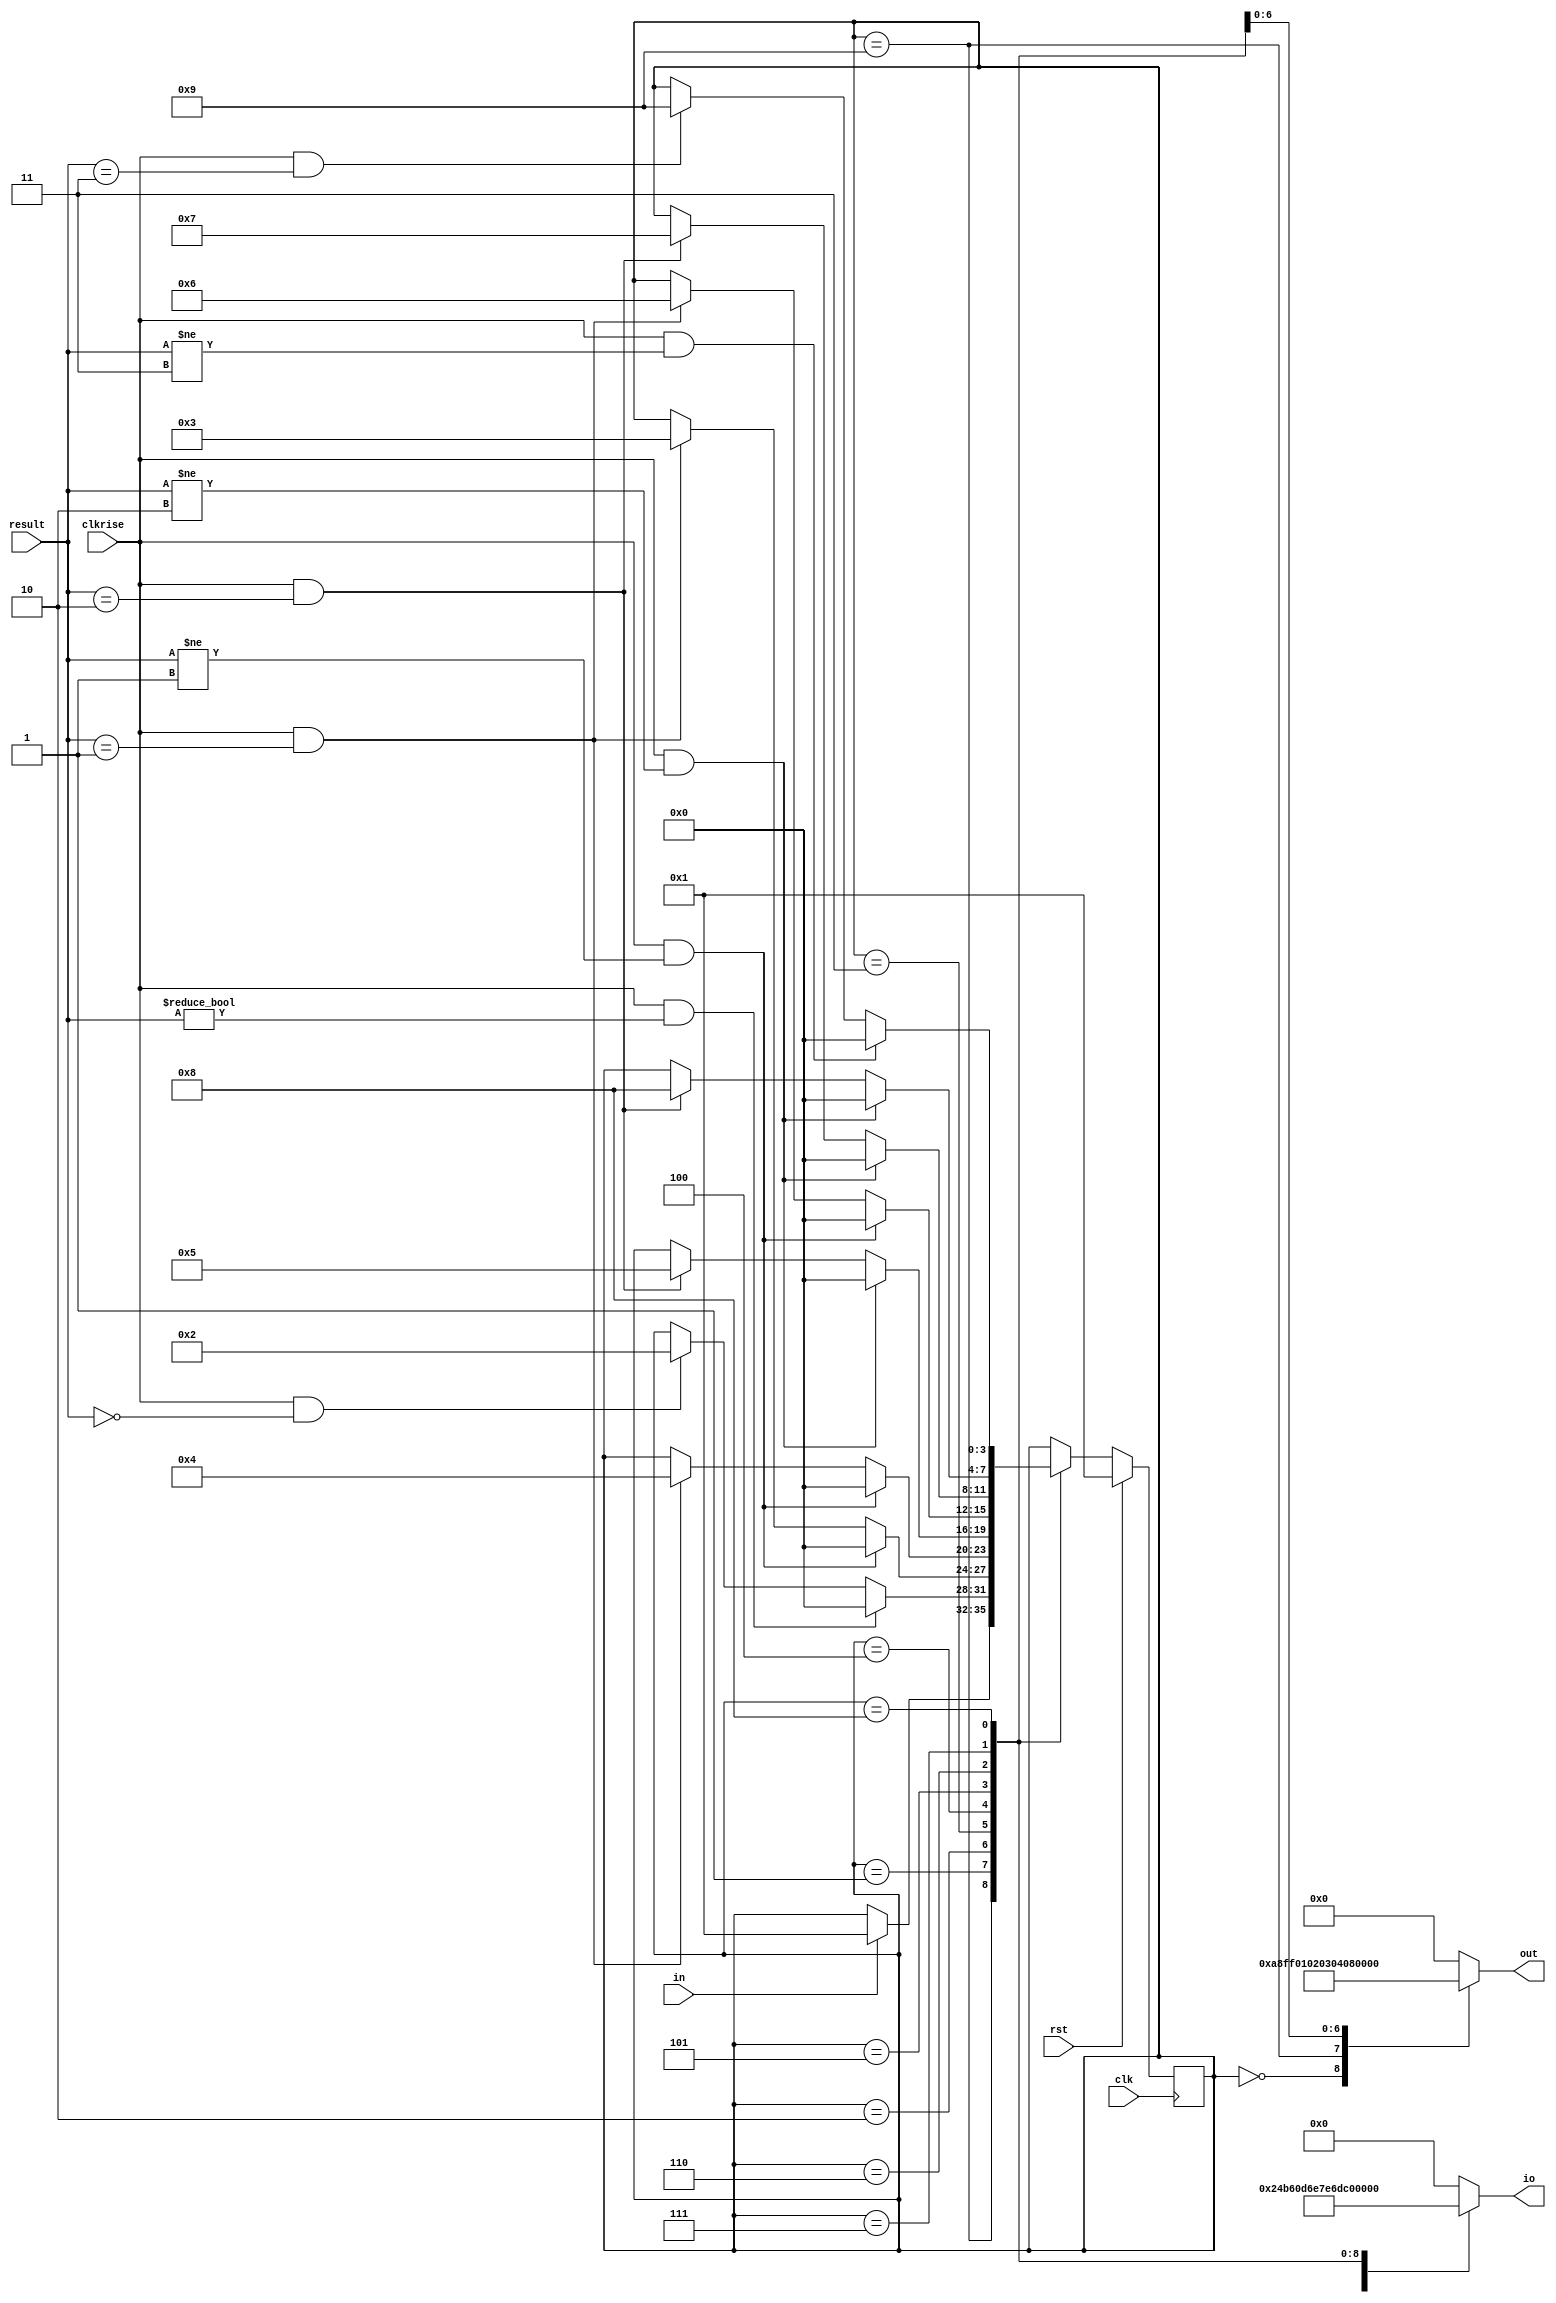
/*
   This file was generated automatically by the Mojo IDE version B1.3.6.
   Do not edit this file directly. Instead edit the original Lucid source.
   This is a temporary file and any changes made to it will be destroyed.
*/

module adder_6 (
    input clk,
    input rst,
    input clkrise,
    input in,
    input [1:0] result,
    output reg [7:0] out,
    output reg [6:0] io
  );
  
  
  
  localparam ERROR_state = 4'd0;
  localparam CASE1_state = 4'd1;
  localparam CASE2_state = 4'd2;
  localparam CASE3_state = 4'd3;
  localparam CASE4_state = 4'd4;
  localparam CASE5_state = 4'd5;
  localparam CASE6_state = 4'd6;
  localparam CASE7_state = 4'd7;
  localparam CASE8_state = 4'd8;
  localparam SUCCESS_state = 4'd9;
  
  reg [3:0] M_state_d, M_state_q = CASE1_state;
  
  always @* begin
    M_state_d = M_state_q;
    
    M_state_d = M_state_q;
    out = 8'h00;
    io = 7'h00;
    
    case (M_state_q)
      ERROR_state: begin
        out = 8'ha8;
        io = 7'h49;
      end
      SUCCESS_state: begin
        out = 8'hff;
        io = 7'h36;
        if (in == 1'h1) begin
          M_state_d = CASE1_state;
        end
      end
      CASE1_state: begin
        out = 8'h00;
        io = 7'h06;
        if (clkrise == 1'h1 && result == 2'h0) begin
          M_state_d = CASE2_state;
        end
        if (clkrise == 1'h1 && result != 2'h0) begin
          M_state_d = ERROR_state;
        end
      end
      CASE2_state: begin
        out = 8'h01;
        io = 7'h5b;
        if (clkrise == 1'h1 && result == 2'h1) begin
          M_state_d = CASE3_state;
        end
        if (clkrise == 1'h1 && result != 2'h1) begin
          M_state_d = ERROR_state;
        end
      end
      CASE3_state: begin
        out = 8'h02;
        io = 7'h4f;
        if (clkrise == 1'h1 && result == 2'h1) begin
          M_state_d = CASE4_state;
        end
        if (clkrise == 1'h1 && result != 2'h1) begin
          M_state_d = ERROR_state;
        end
      end
      CASE4_state: begin
        out = 8'h03;
        io = 7'h66;
        if (clkrise == 1'h1 && result == 2'h2) begin
          M_state_d = CASE5_state;
        end
        if (clkrise == 1'h1 && result != 2'h2) begin
          M_state_d = ERROR_state;
        end
      end
      CASE5_state: begin
        out = 8'h04;
        io = 7'h6d;
        if (clkrise == 1'h1 && result == 2'h1) begin
          M_state_d = CASE6_state;
        end
        if (clkrise == 1'h1 && result != 2'h1) begin
          M_state_d = ERROR_state;
        end
      end
      CASE6_state: begin
        out = 8'h05;
        io = 7'h7d;
        if (clkrise == 1'h1 && result == 2'h2) begin
          M_state_d = CASE7_state;
        end
        if (clkrise == 1'h1 && result != 2'h2) begin
          M_state_d = ERROR_state;
        end
      end
      CASE7_state: begin
        out = 8'h06;
        io = 7'h07;
        if (clkrise == 1'h1 && result == 2'h2) begin
          M_state_d = CASE8_state;
        end
        if (clkrise == 1'h1 && result != 2'h2) begin
          M_state_d = ERROR_state;
        end
      end
      CASE8_state: begin
        out = 8'h07;
        io = 7'h7f;
        if (clkrise == 1'h1 && result == 2'h3) begin
          M_state_d = SUCCESS_state;
        end
        if (clkrise == 1'h1 && result != 2'h3) begin
          M_state_d = ERROR_state;
        end
      end
    endcase
  end
  
  always @(posedge clk) begin
    if (rst == 1'b1) begin
      M_state_q <= 1'h1;
    end else begin
      M_state_q <= M_state_d;
    end
  end
  
endmodule